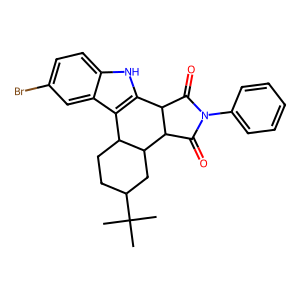
SMILES: CC(C)(C)C1CCC2c3c([nH]c4ccc(Br)cc34)C3C(=O)N(c4ccccc4)C(=O)C3C2C1
Inhibits HIV replication: No